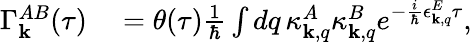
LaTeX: \begin{array}{rl}{\Gamma_{\mathbf k}^{AB}(\tau)}&{{}=\theta(\tau)\frac{1}{\hbar}\int dq\, \kappa_{{\mathbf k},q}^{A}\kappa_{{\mathbf k},q}^{B}e^{-\frac{i}{\hbar}\epsilon_{{\mathbf k},q}^{E}\tau},}\end{array}